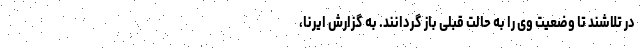
در تلاشند تا وضعیت وی را به حالت قبلی باز گردانند. به گزارش ایرنا،